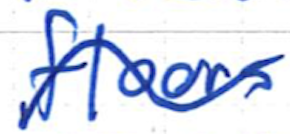
Text: floors
Cross-out: wave
Writing tool: ballpoint